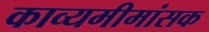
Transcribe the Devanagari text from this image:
काव्यमीमांसक